Annual statistical returns and brief notes on vaccination in Bengal - 1909-1929
Year: 1909
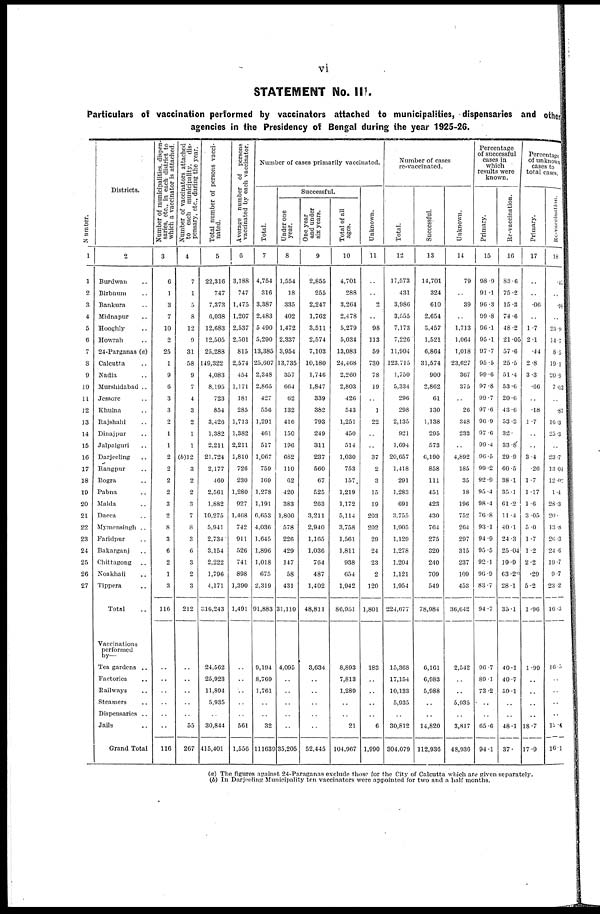
vi
STATEMENT No. III.
Particulars of vaccination performed by vaccinators attached to municipalities, dispensaries and other
agencies in the Presidency of Bengal during the year 1925-26.
Number.
1
1
2
3
4
5
6
7
8
9
10
11
12
13
14
15
16
17
18
19
20
21
22
23
24
25
26
27
Districts.
2
Burdwan ..
Birbhum ..
Bankura ..
Midnapur ..
Hooghly ..
Howrah ..
24-Parganas (a)
Calcutta ..
Nadia ..
Murshidabad ..
Jessore ..
Khulna ..
Rajshahi ..
Dinajpur ..
Jalpaiguri ..
Darjeeling ..
Rangpur ..
Bogra ..
Pabna ..
Malda ..
Dacca ..
Mymensingh ..
Faridpur ..
Bakarganj ..
Chittagong ..
Noakhali ..
Tippera ..
Total ..
Vaccinations
performed
by—
Tea gardens ..
Factories ..
Railways ..
Steamers ..
Dispensaries ..
Jails ..
Grand Total
Number of municipalities, dispen-
saries, etc., in each district to
which a vaccinator is attached.
3
6
1
3
7
10
2
25
1
9
6
3
3
2
1
1
2
2
2
2
3
2
8
3
6
2
1
3
116
..
..
..
..
..
..
116
Number of vaccinators attached
to each municipality. dis-
pensary, etc., during the year.
4
7
1
5
8
12
9
31
58
9
7
4
3
2
1
1
(b)12
3
2
2
3
7
8
3
6
3
2
3
212
..
..
..
..
..
55
267
Total number of persons vacci-
nated.
5
22,316
747
7,373
6,038
12,683
12,505
25,288
149,322
4,083
8,195
723
854
3,426
1,382
2,211
21,724
2,177
460
2,561
1,882
10,275
5,941
2,734
3,154
2,222
1,796
4,171
316,243
24,562
25,923
11,894
5,935
..
30,844
415,401
Average number of persons
vaccinated by each vaccinator.
6
3,188
747
1,475
1,207
2,537
2,501
815
2,574
454
1,171
181
285
1,713
1,382
2,211
1,810
726
230
1,280
927
1,468
742
911
526
741
898
1,390
1,491
..
..
..
..
..
561
1,556
Number of cases primarily vaccinated.
Total.
7
4,754
316
3,387
2,483
5,490
5,290
13,385
25,607
2,348
2,865
427
556
1,291
461
517
1,067
759
169
1,278
1,191
6,653
4,036
1,645
1,896
1,018
675
2,319
91,883
9,194
8,769
1,761
..
..
32
111639
Successful.
Under one
year.
8
1,554
18
335
402
1,472
2,337
3,954
13,735
357
664
62
132
416
150
196
682
110
62
420
383
1,800
578
226
429
147
58
431
31,110
4,095
..
..
..
..
..
35,205
One year
and under
six years.
9
2,855
255
2,247
1,762
3,511
2,574
7,103
10,180
1,746
1,847
339
382
793
249
311
237
560
67
525
263
3,211
2,940
1,165
1,036
764
487
1,402
48,811
3,634
..
..
..
..
..
52,445
Total of all
ages.
10
4,701
288
3,264
2,478
5,279
5,034
13,083
24,468
2,260
2,803
426
543
1,251
450
514
1,030
753
157
1,219
1,172
5,114
3,758
1,561
1,811
938
654
1,942
86,951
8,893
7,813
1,289
..
..
21
104,967
Unknown.
11
..
..
2
..
98
113
59
730
78
19
..
1
22
..
..
37
2
3
15
19
203
202
29
24
23
2
120
1,801
183
..
..
..
..
6
1,990
Number of cases
re-vaccinated.
Total.
12
17,573
431
3,986
3,555
7,173
7,226
11,904
123,715
1,750
5,334
296
298
2,135
921
1,694
20,657
1,418
291
1,283
691
3,755
1,905
1,129
1,278
1,204
1,121
1,954
224,677
15,368
17,154
10,133
5,935
..
30,812
304,079
Successful.
13
14,701
324
610
2,654
3,457
1,521
6,864
31,574
900
2,862
61
130
1,138
295
573
6,190
858
111
451
423
430
764
275
320
240
709
549
78,984
6,161
6,983
5,988
..
..
14,820
112,936
Unknown.
14
79
..
39
..
1,713
1,064
1,018
23,627
367
375
..
26
348
233
..
4,892
185
35
18
196
752
264
297
315
237
109
453
36,642
2,542
..
..
5,935
..
3,817
48,936
Percentage
of successful
cases in
which
results were
known.
Primary.
15
98.9
91.1
96.3
99.8
96.1
95.1
97.7
95.5
99.6
97.8
99.7
97.6
96.9
97.6
99.4
96.5
99.2
92.9
95.4
98.4
76.8
93.1
94.9
95.5
92.1
96.9
83.7
94.7
96.7
89.1
73.2
..
..
65.6
94.1
Re-vaccination.
16
83.6
75.2
15.3
74.6
48.2
21.05
57.6
25.5
51.4
53.6
20.6
43.6
53.3
32.
33.8
29.9
60.5
38.1
35.1
61.2
11.4
40.1
24.3
25.04
19.9
63.2
28.1
35.1
40.1
40.7
59.1
..
..
48.1
37.
Percentage
of unknown
cases to
total cases.
Primary.
17
..
..
.06
..
1.7
2.1
.44
2.8
3.3
.66
..
.18
1.7
..
..
3.4
.26
1.7
1.17
1.6
3.05
5.0
1.7
1.2
2.2
.29
5.2
1.96
1.99
..
..
..
..
18.7
17.9
Re-vaccination.
18
.45
..
.98
..
23.9
14.7
8.5
19.1
20.9
7.03
..
.87
10.3
25.3
..
23.7
13.04
12.02
1.4
28.3
20.
13.8
26.3
24.6
19.7
9.7
23.2
16.3
16.5
..
..
..
..
12.4
16.1
(a) The figures against 24-Paraganas exclude those for the City of Calcutta which are given separately.
(b) In Darjeeling Municipality ten vaccinators were appointed for two and a half months.